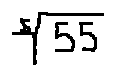
\sqrt [ 5 ] { 5 5 }